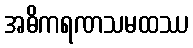
အဓိကရဏသမထဿ